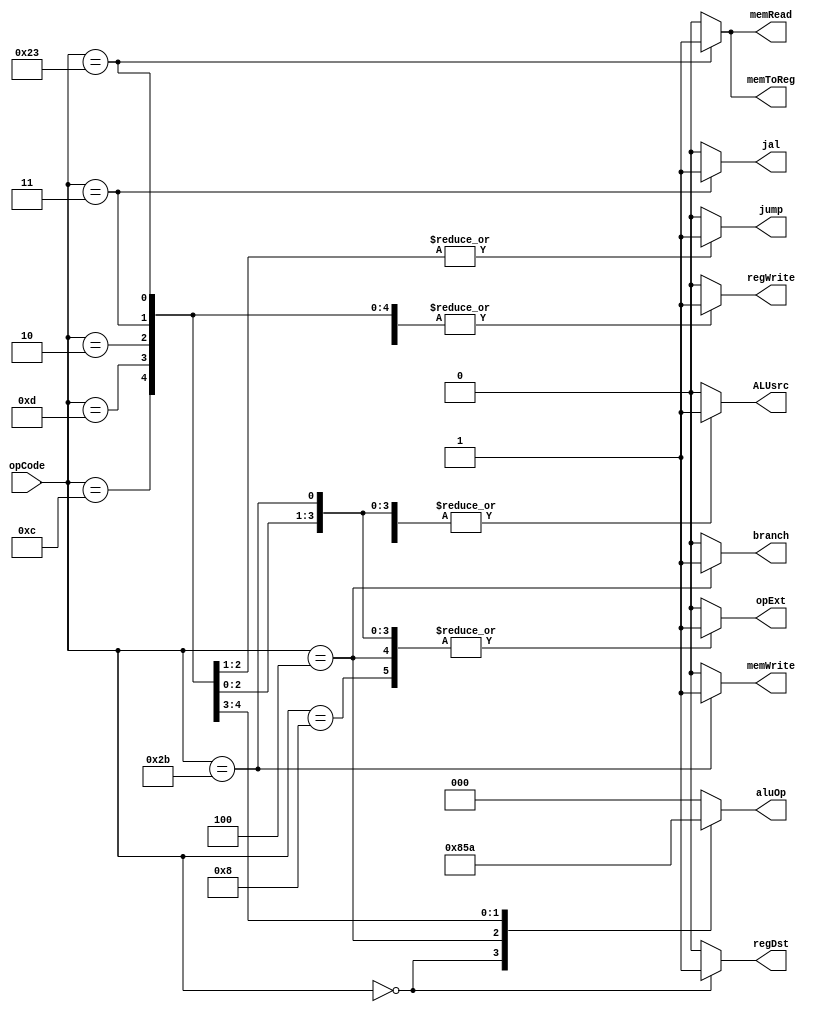
module Ctr(
    input [5:0] opCode,
    output regDst,
    output ALUsrc,
    output memToReg,
    output regWrite,
    output memRead,
    output memWrite,
    output branch,
    output [2:0] aluOp,
    output jump,
    output jal,
    output opExt
    );
    
    reg regDst;
    reg ALUsrc;
    reg memToReg;
    reg regWrite;
    reg memRead;
    reg memWrite;
    reg branch;
    reg [2:0] aluOp;
    reg jump;
    reg jal;
    reg opExt;
    
    always @(opCode)
    begin
        case(opCode)
        6'b000000://R type
        begin
            regDst=1;
            ALUsrc=0;
            memToReg=0;
            regWrite=1;
            memRead=0;
            memWrite=0;
            branch=0;
            aluOp=3'b100;
            jump=0;
            jal=0;
            opExt=0;
        end
        6'b100011://lw type
        begin
            regDst=0;
            ALUsrc=1;
            memToReg=1;
            regWrite=1;
            memRead=1;
            memWrite=0;
            branch=0;
            aluOp=3'b000;
            jump=0;
            jal=0;
            opExt=1;
        end
        6'b101011://sw type
        begin
            regDst=0;//x
            ALUsrc=1;
            memToReg=0;//x
            regWrite=0;
            memRead=0;
            memWrite=1;
            branch=0;
            aluOp=3'b000;
            jump=0;
            jal=0;
            opExt=1;
        end
        6'b000100://beq type
        begin
            regDst=0;//x
            ALUsrc=0;
            memToReg=0;//x
            regWrite=0;
            memRead=0;
            memWrite=0;
            branch=1;
            aluOp=3'b001;
            jump=0;
            jal=0;
            opExt=1;
        end
        6'b000010://jump
        begin
            regDst=0;
            ALUsrc=1;
            memToReg=0;
            regWrite=1;
            memRead=0;
            memWrite=0;
            branch=0;
            aluOp=3'b000;
            jump=1;
            jal=0;
            opExt=1;
        end
        6'b000011://jal
        begin
            regDst=0;
            ALUsrc=1;
            memToReg=0;
            regWrite=1;
            memRead=0;
            memWrite=0;
            branch=0;
            aluOp=3'b000;
            jump=1;
            jal=1;
            opExt=1;
        end
        6'b001000://addi
        begin
            regDst=0;
            ALUsrc=1;
            memToReg=0;
            regWrite=1;
            memRead=0;
            memWrite=0;
            branch=0;
            aluOp=3'b000;
            jump=0;
            jal=0;
            opExt=1;
        end
        6'b001100://andi
        begin
            regDst=0;
            ALUsrc=1;
            memToReg=0;
            regWrite=1;
            memRead=0;
            memWrite=0;
            branch=0;
            aluOp=3'b011;
            jump=0;
            jal=0;
            opExt=0;
        end
        6'b001101://ori
        begin
            regDst=0;
            ALUsrc=1;
            memToReg=0;
            regWrite=1;
            memRead=0;
            memWrite=0;
            branch=0;
            aluOp=3'b010;
            jump=0;
            jal=0;
            opExt=0;
        end
        default:
        begin
            regDst=0;
            ALUsrc=0;
            memToReg=0;
            regWrite=0;
            memRead=0;
            memWrite=0;
            branch=0;
            aluOp=3'b000;
            jump=0;
            jal=0;
            opExt=0;
        end
        endcase
    end

endmodule